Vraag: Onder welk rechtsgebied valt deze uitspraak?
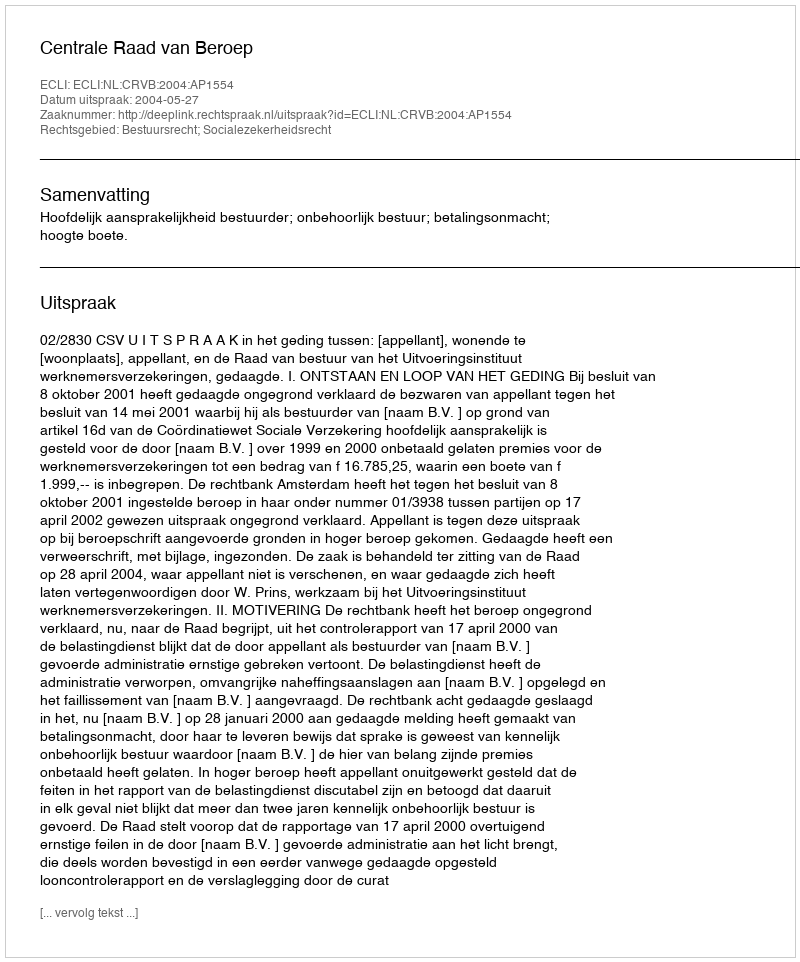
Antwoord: Bestuursrecht; Socialezekerheidsrecht